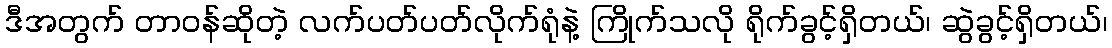
ဒီအတွက် တာဝန်ဆိုတဲ့ လက်ပတ်ပတ်လိုက်ရုံနဲ့ ကြိုက်သလို ရိုက်ခွင့်ရှိတယ်၊ ဆွဲခွင့်ရှိတယ်၊